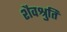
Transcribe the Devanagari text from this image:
शैवश्रुतिं